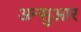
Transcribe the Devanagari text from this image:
अन्सुआर